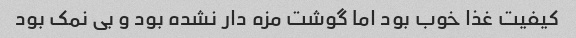
کیفیت غذا خوب بود اما گوشت مزه دار نشده بود و بی نمک بود